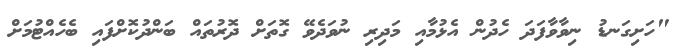
"ހަށިގަނޑު ނިވާވާފަދަ ހެދުން އެޅުމާއި މަދިރި ނުވަދެވޭ ގޮތަށް ދޮރުތައް ބަންދުކޮށްފައި ބެހެއްޓުމަށް